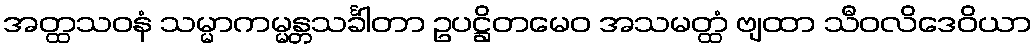
အတ္ထသဝနံ သမ္မာကမ္မန္တသင်္ခါတာ ဥပဋ္ဌိတမေဝ အသမတ္ထံ ဗျထာ သီဝလိဒေဝိယာ